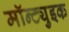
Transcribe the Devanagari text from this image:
मॉन्ट्युइक